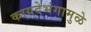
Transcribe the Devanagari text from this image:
कायदेभंगामुळे